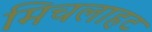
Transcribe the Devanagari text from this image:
मिचलाहट